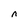
Character: n